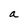
Character: a